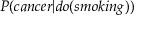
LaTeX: P ( c a n c e r | d o ( s m o k i n g ) )